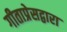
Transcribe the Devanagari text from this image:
गीताप्रेसद्वारा